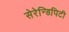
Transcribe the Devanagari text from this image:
सेरेन्डिपिटी